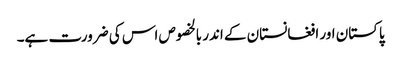
پاکستان اور افغانستان کے اندر بالخصوص اس کی ضرورت ہے۔